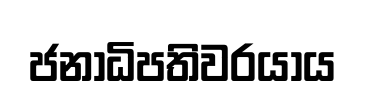
ජනාධිපතිවරයාය